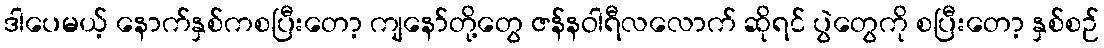
ဒါပေမယ့် နောက်နှစ်ကစပြီးတော့ ကျနော်တို့တွေ ဇန်နဝါရီလလောက် ဆိုရင် ပွဲတွေကို စပြီးတော့ နှစ်စဉ်